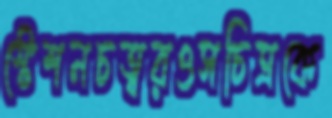
স্টেশনচত্বরওসচিত্রকে